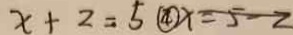
x + 2 = 5 \textcircled { 4 } x = 5 - 2